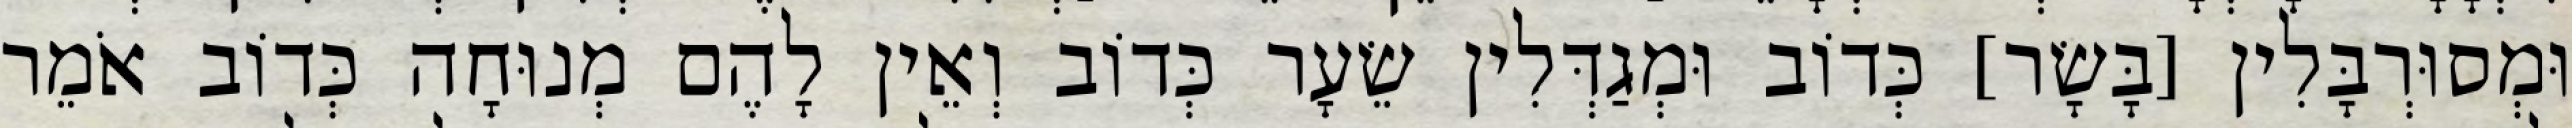
וּמְסוּרְבָּלִין [בָּשָׂר] כְּדוֹב וּמְגַדְּלִין שֵׂעָר כְּדוֹב וְאֵין לָהֶם מְנוּחָה כְּדוֹב אֹמֵר